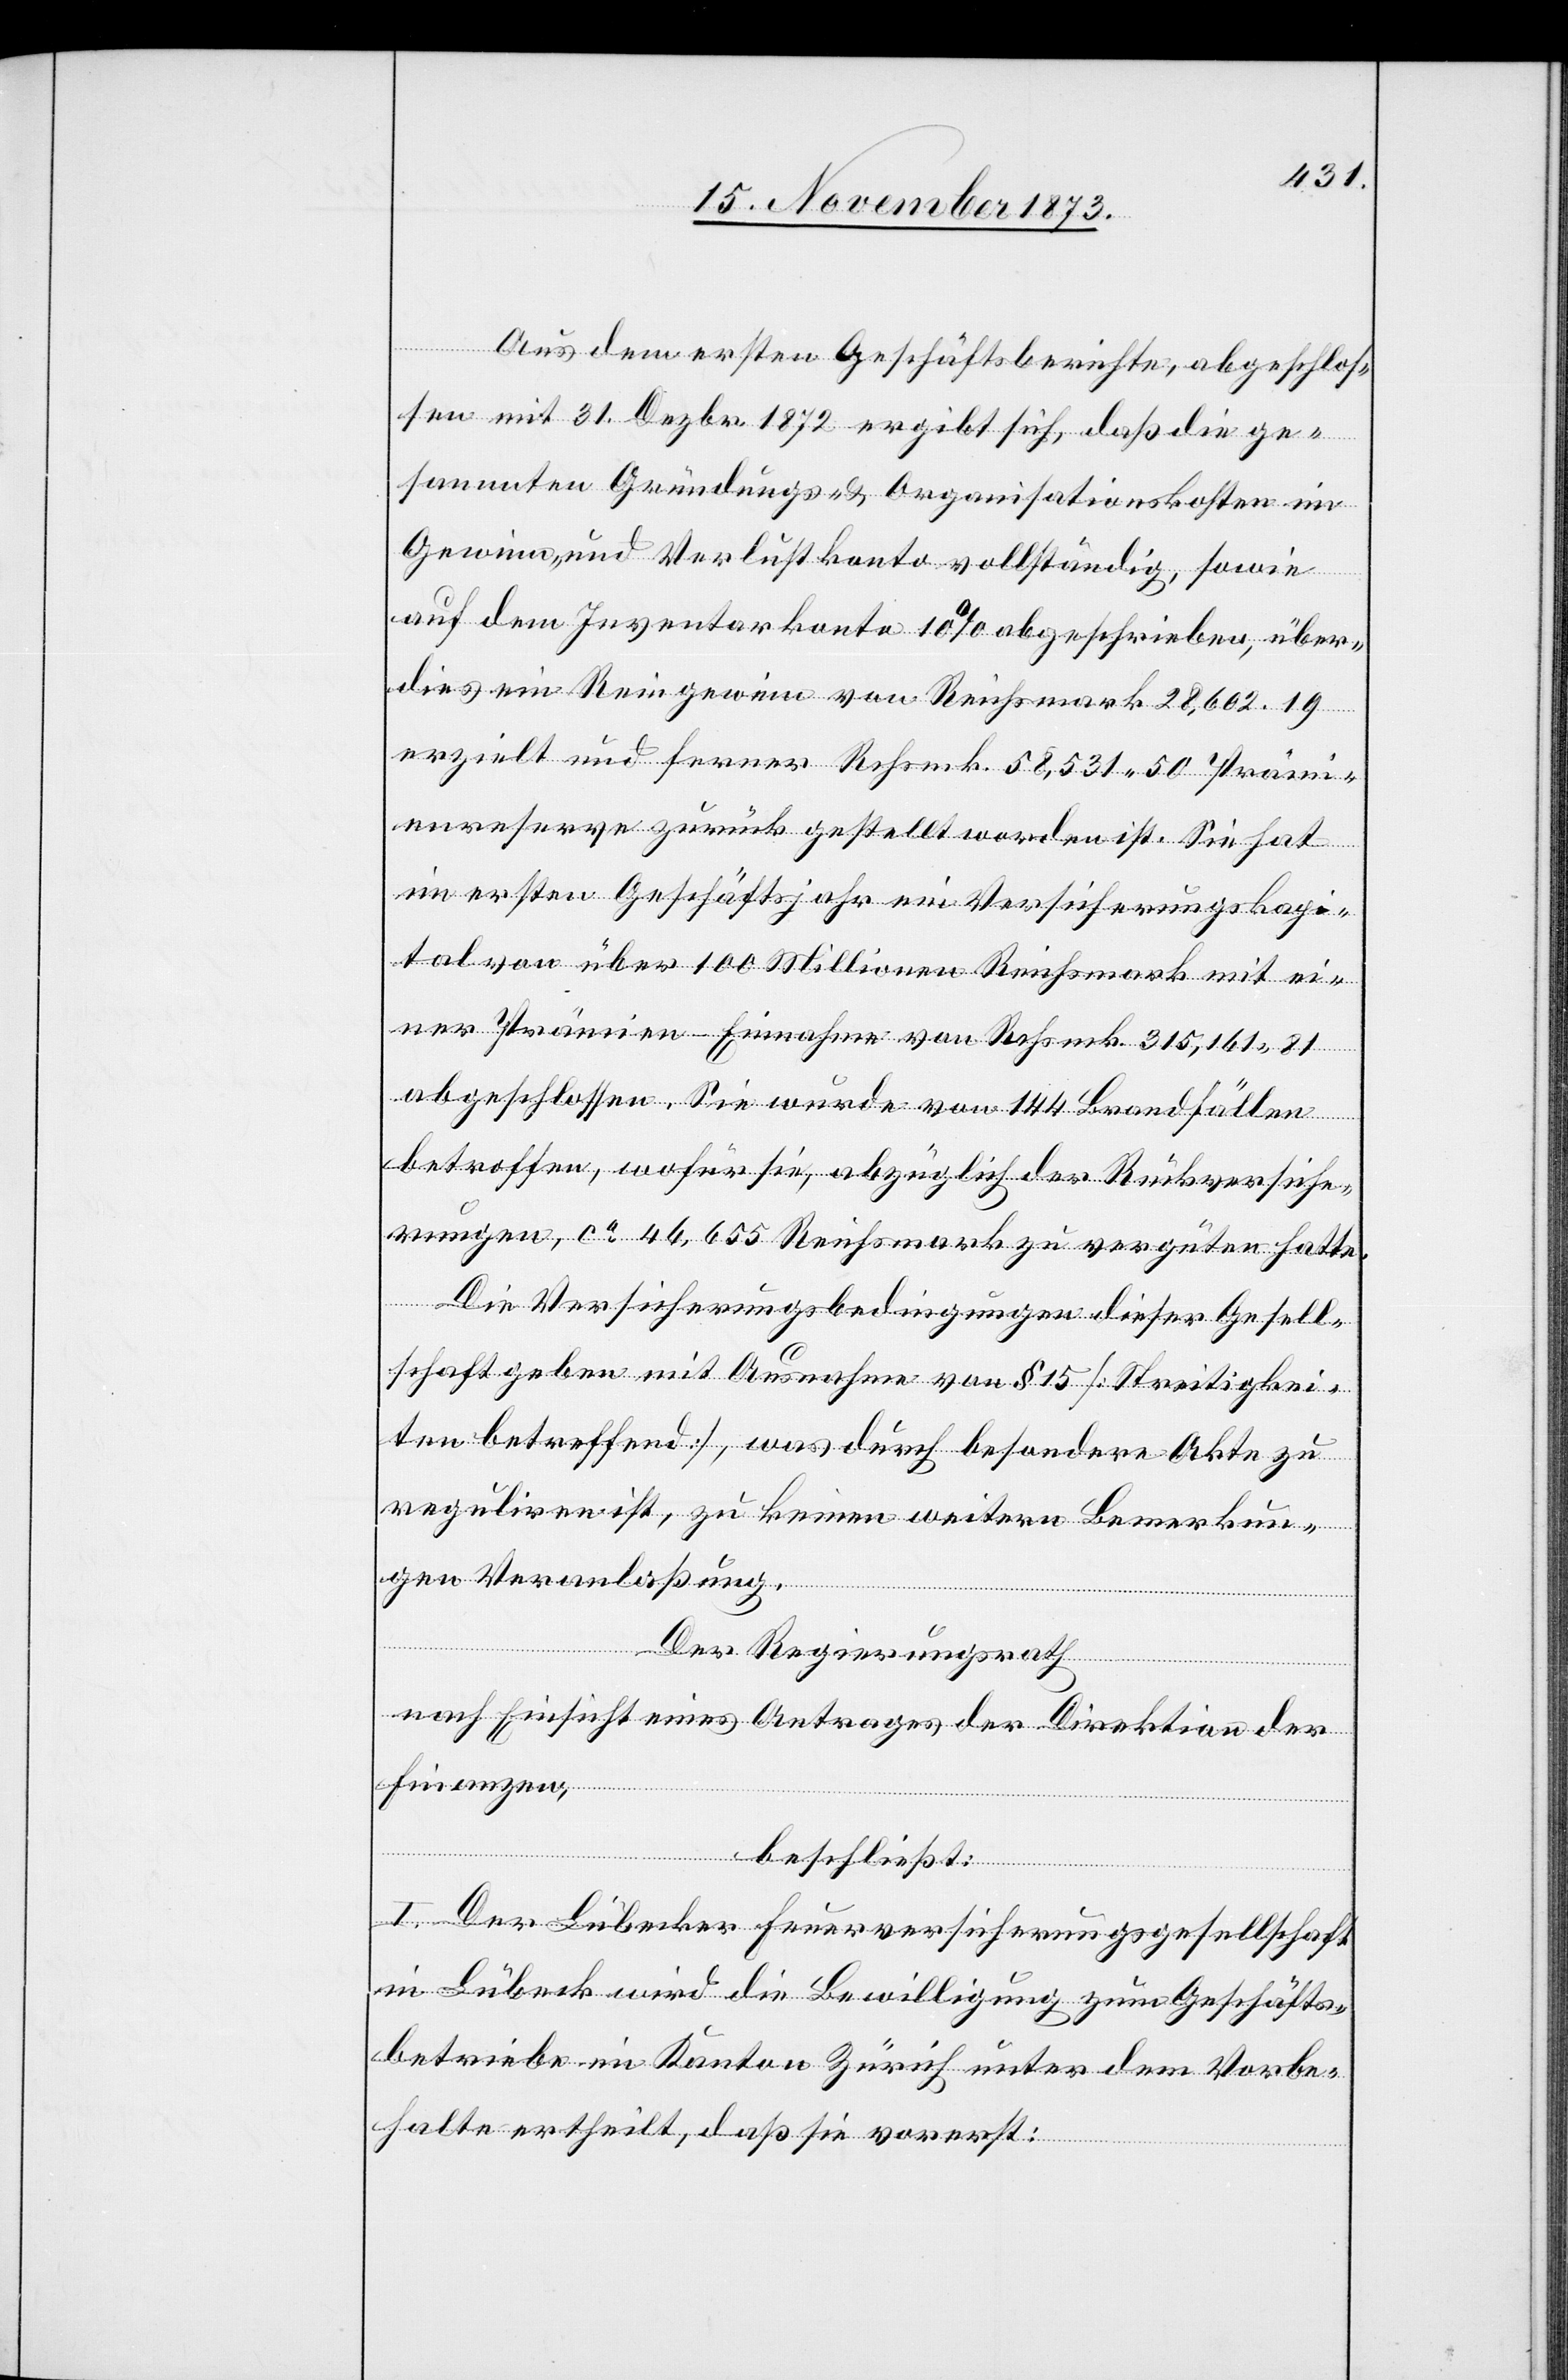
Aus dem ersten Geschäftsberichte, abgeschlos¬
sen mit 31. Dezbr. 1872 ergibt sich, daß die ge¬
sammten Gründungs- & Organisationskosten im
Gewinn- und Verlustkonto vollständig, sowie
auf dem Inventarkonto 10% abgeschrieben, über¬
dies ein Reingewinn von Reichsmark 28,602.19
erzielt und ferner Rchsmk. 58,531 50 Prämi¬
enreserve zurück gestellt worden ist. Sie hat
im ersten Geschäftsjahr ein Versicherungskapi¬
tal von über 100 Millionen Reichsmark mit ei¬
ner Prämien-Einnahme von Rchsmk. 315,161 81
abgeschlossen. Sie wurde von 144 Brandfällen
betroffen, wofür sie, abzüglich der Rückversiche¬
rungen, ca 46,655 Reichsmark zu vergüten hatte.
Die Versicherungsbedingungen dieser Gesell¬
schaft geben mit Ausnahme von § 15 [Streitigkei¬
ten betreffend], was durch besondere Akte zu
reguliren ist, zu keinen weitern Bemerkun¬
gen Veranlaßung.
Der Regierungsrath
nach Einsicht eines Antrages der Direktion der
Finanzen,
beschließt:
I. Der Lübecker Feuerversicherungsgesellschaft
in Lübeck wird die Bewilligung zum Geschäfts¬
betriebe im Kanton Zürich unter dem Vorbe¬
halte ertheilt, daß sie vorerst: